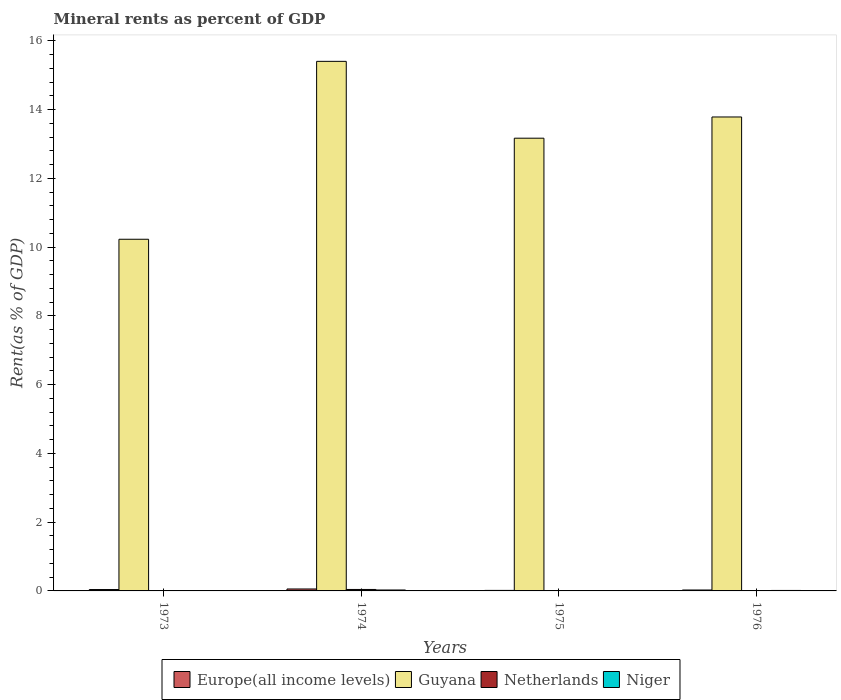
| Years | Europe(all income levels) | Guyana | Netherlands | Niger |
 | --- | --- | --- | --- | --- |
 | 1973 | 0.0402 | 10.2 | 0.0115 | 0.00377 |
 | 1974 | 0.0565 | 15.4 | 0.0424 | 0.027 |
 | 1975 | 0.0153 | 13.2 | 0.00193 | 0.0082 |
 | 1976 | 0.0267 | 13.8 | 0.000534 | 0.014 |